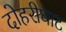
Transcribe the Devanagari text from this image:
दोहरीघाट